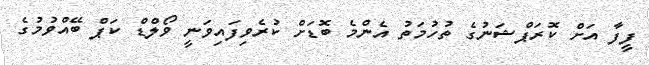
ފީފާ އަށް ކޮރަޕްޝަނުގެ ތުހުމަތު އެންމެ ބޮޑަށް ކުރެވިފައިވަނީ ވޯލްޑް ކަޕް ބޭއްވުމުގެ